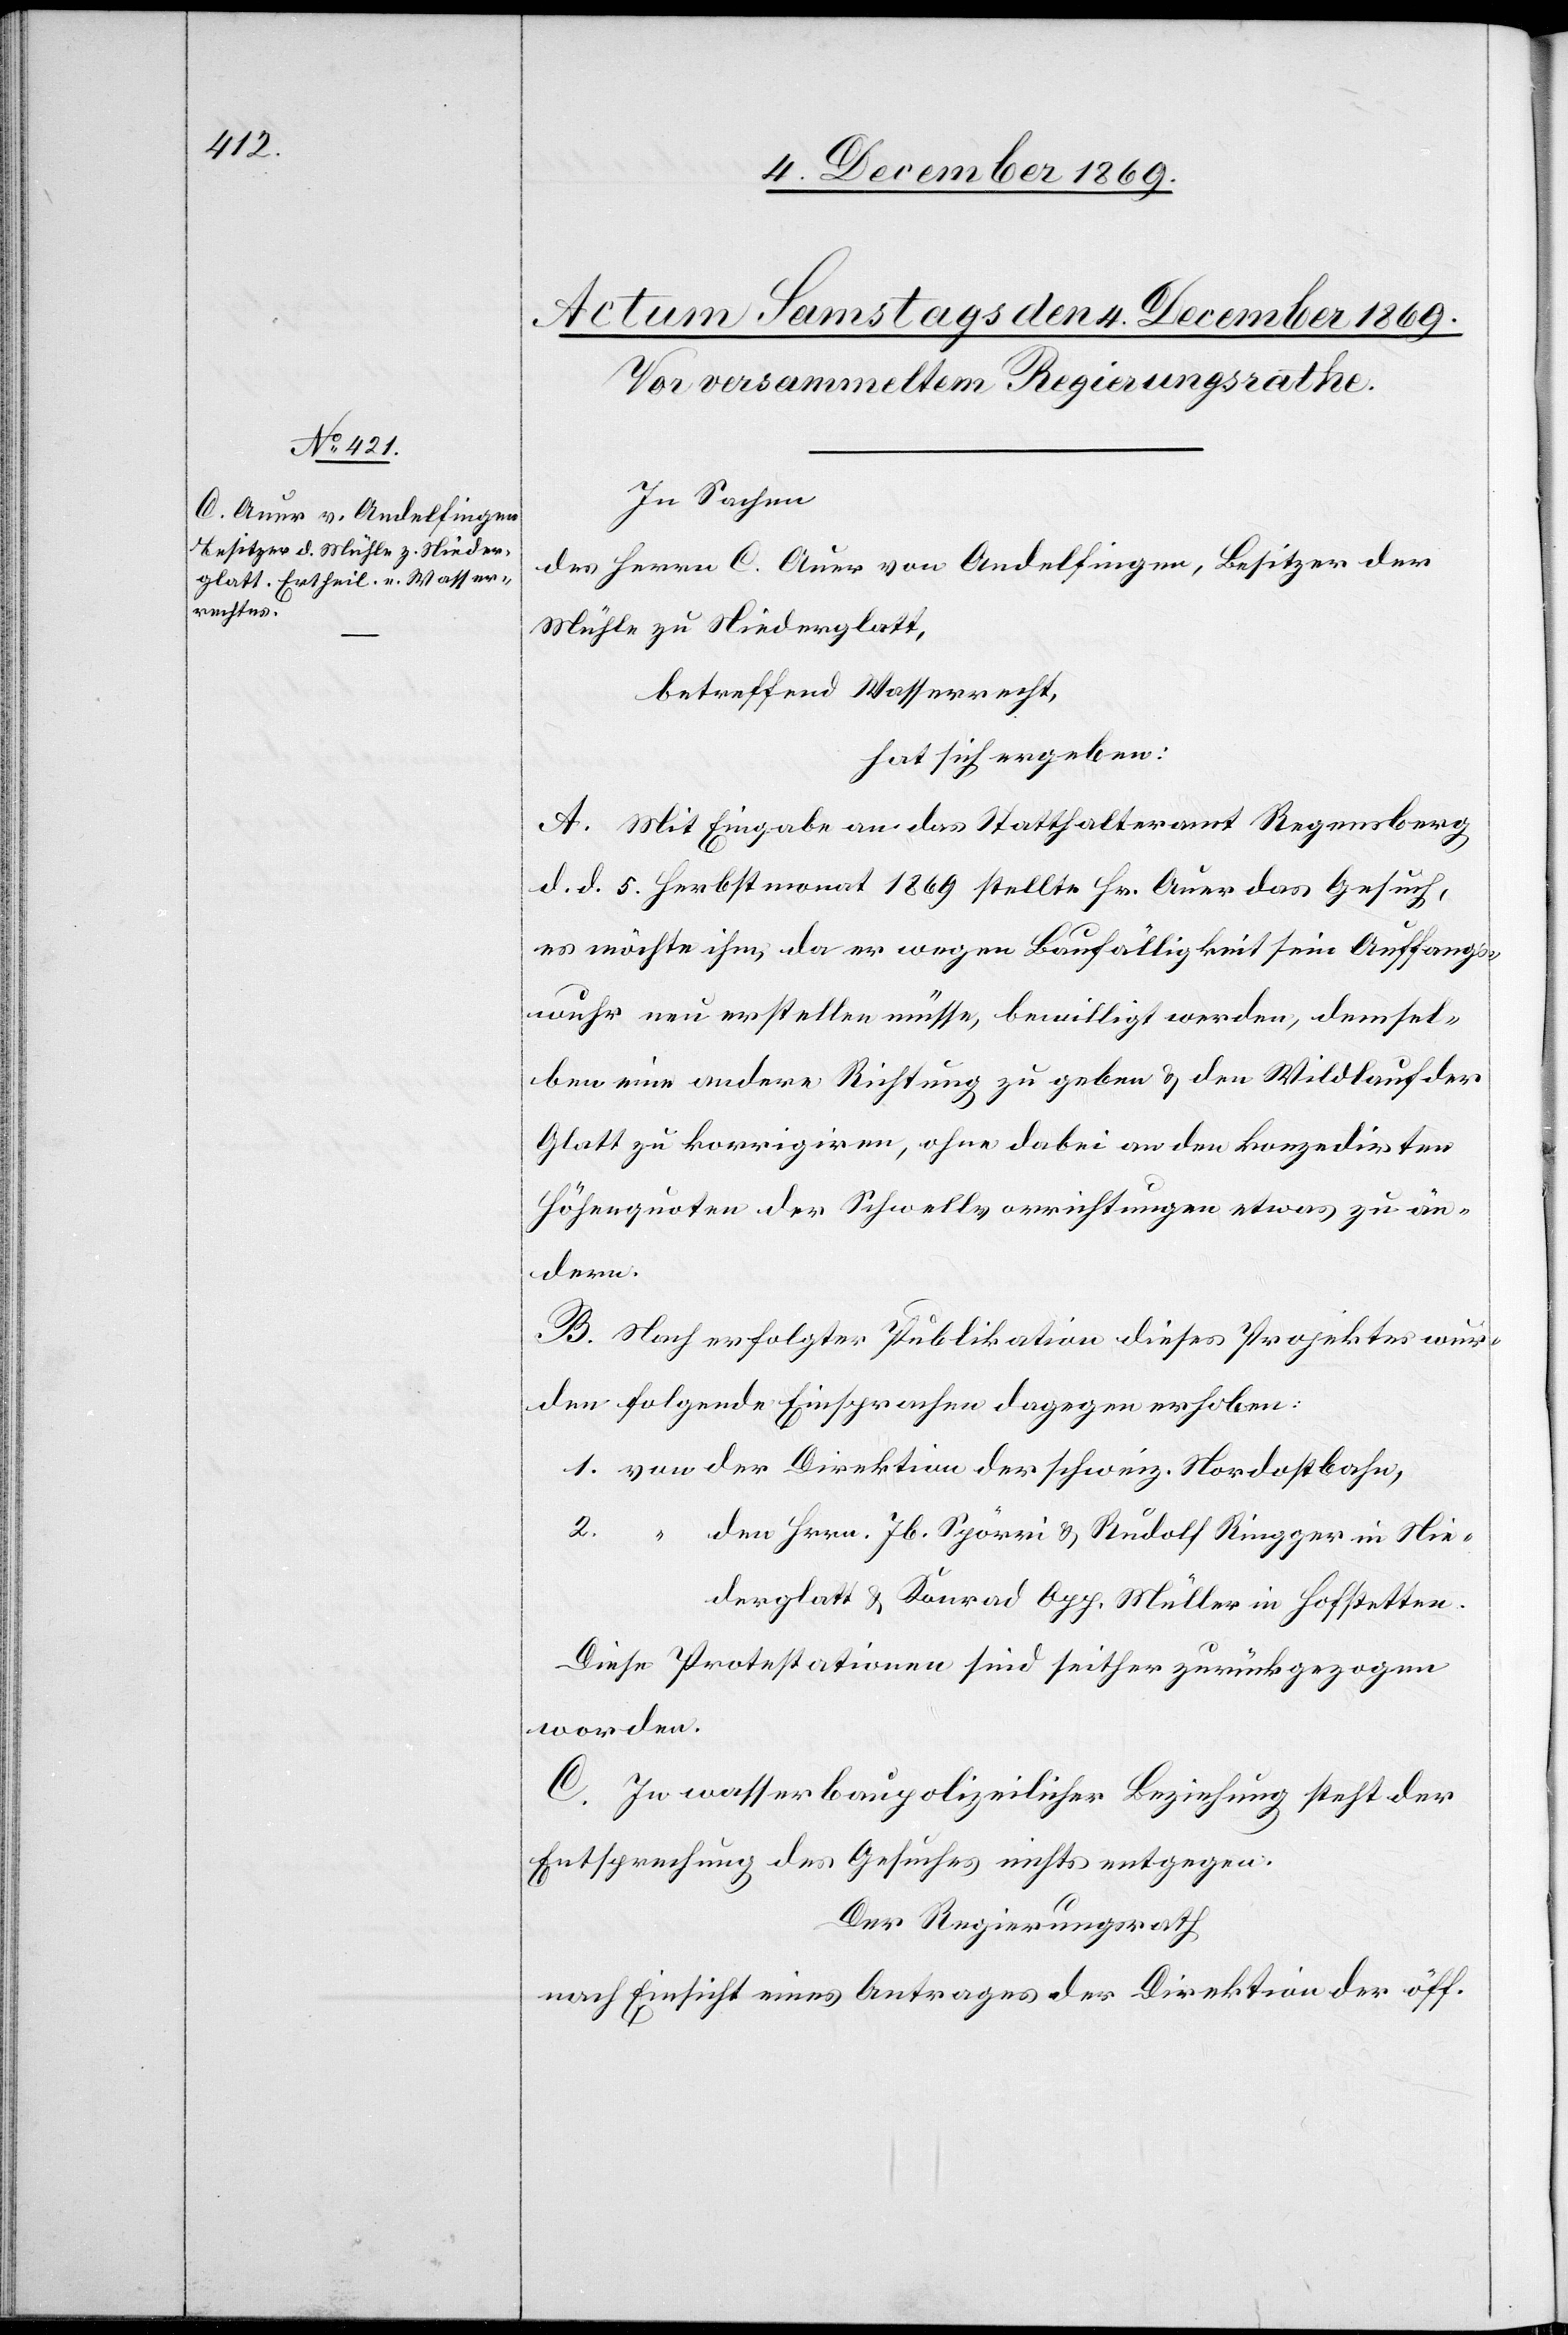
In Sachen
des Herrn C. Auer von Andelfingen, Besitzer der
Mühle zu Niederglatt,
betreffend Wasserrecht,
hat sich ergeben:
A. Mit Eingabe an das Statthalteramt Regensberg
d. d. 5. Herbstmonat 1869 stellte Hr. Auer das Gesuch,
es möchte ihm, da er wegen Baufälligkeit sein Auffangs¬
wuhr neu erstellen müsse, bewilligt werden, demsel¬
ben eine andere Richtung zu geben & den Wildlauf der
Glatt zu korrigiren, ohne dabei an den konzedirten
Höhenquoten der Schwellvorrichtungen etwas zu än¬
dern.
B. Nach erfolgter Publikation dieses Projektes wur¬
den folgende Einsprachen dagegen erhoben:
1. von der Direktion der schweiz. Nordostbahn,
2. “ den Hrrn. Jb. Spörri & Rudolf Ringger in Nie¬
derglatt & Konrad Opp, Müller in Hofstetten.
Diese Protestationen sind seither zurückgezogen
worden.
C. In wasserbaupolizeilicher Beziehung steht der
Entsprechung des Gesuches nichts entgegen.
Der Regierungsrath
nach Einsicht eines Antrages der Direktion der öff.